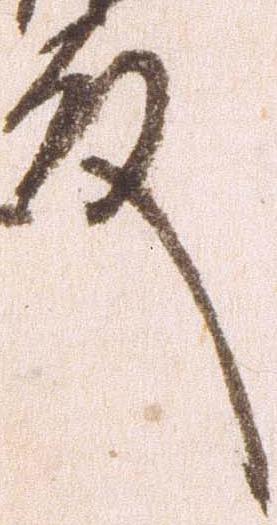
殿